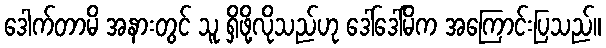
ဒေါက်တာမိ အနားတွင် သူ ရှိဖို့လိုသည်ဟု ဒေါ်ဒေါ်မိက အကြောင်းပြသည်။